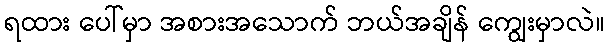
ရထား ပေါ်မှာ အစားအသောက် ဘယ်အချိန် ကျွေးမှာလဲ။